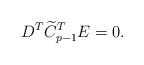
LaTeX: \begin{align*}D^T\widetilde C_{p-1}^TE=0.\end{align*}